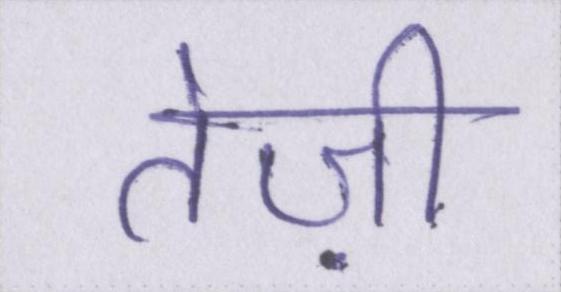
तेज़ी